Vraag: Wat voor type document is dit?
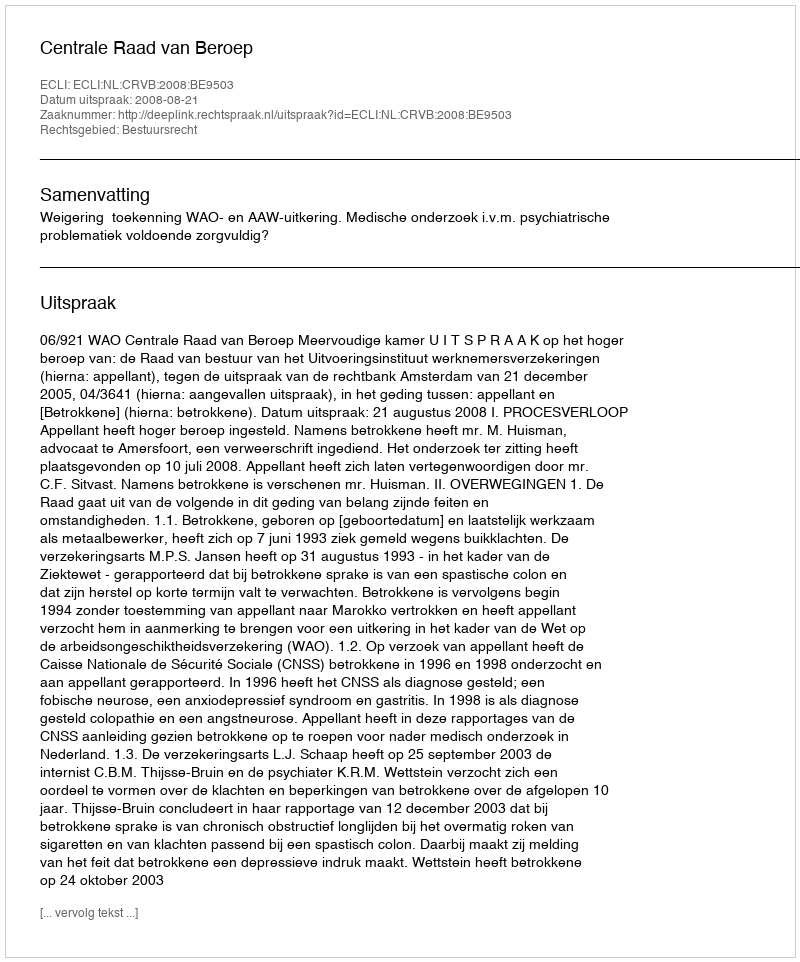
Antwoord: Uitspraak